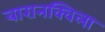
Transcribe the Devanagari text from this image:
बारानक्विला